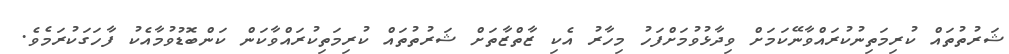
ޝަރުތުތައް ކުރިމަތިނުކުރައްވާނޭކަމަށް ވިދާޅުވުމަށްފަހު މިހާރު އެކި ޒާތްޒާތަށް ޝަރުތުތައް ކުރިމަތިކުރައްވާކަން ކަންބޮޑުވުމާއެކު ފާހަގަކުރަމެވެ.